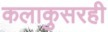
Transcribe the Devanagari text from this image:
कलाकुसरही